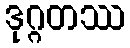
ဒုဂ္ဂတဿ